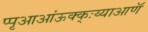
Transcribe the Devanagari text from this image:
प्पृआआंऊक्क्ःय्याआणॅ